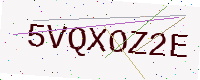
Text: 5VQXOZ2E